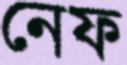
নেফ